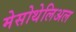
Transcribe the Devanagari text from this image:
मेसोथेलिअल